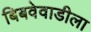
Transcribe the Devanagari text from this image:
बिबवेवाडीला